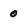
Character: 0